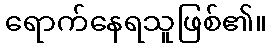
ရောက်နေရသူဖြစ်၏။